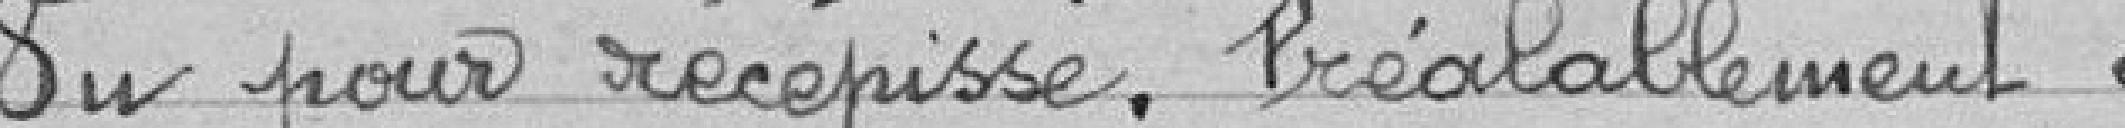
Vu pour récépissé, préalablement à